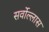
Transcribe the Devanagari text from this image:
सर्वोल्लास